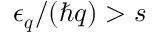
\epsilon _ { \boldsymbol { q } } / ( \hbar q ) > s